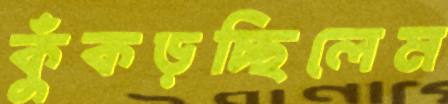
কুঁকড়চ্ছিলেম